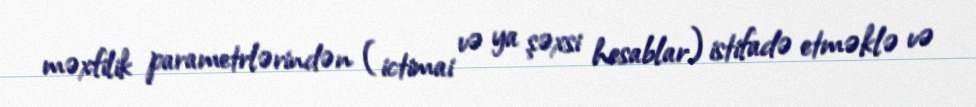
məxfilik parametrlərindən (ictimai və ya şəxsi hesablar) istifadə etməklə və